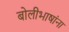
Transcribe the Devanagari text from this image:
बोलीभाषांना